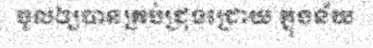
ចូលឲ្យបានគ្រប់ជ្រុងជ្រោយ ក្នុងន័យ